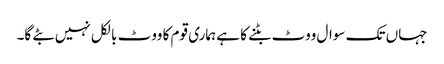
جہاں تک سوال ووٹ بٹنے کا ہے ہماری قوم کا ووٹ بالکل نہیں بٹے گا۔